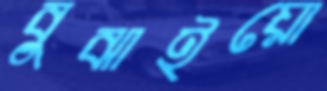
বুঝাইয়ো